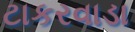
ટાકરવાડા